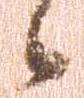
候